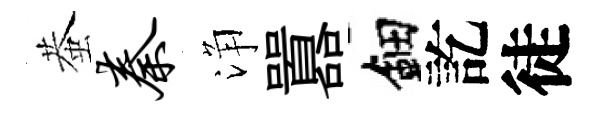
蛬秦浄囂鈿訖徒